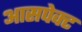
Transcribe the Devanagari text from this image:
आसपेक्ट